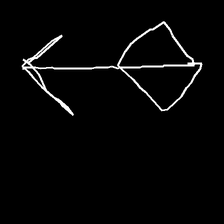
Glyph: focus